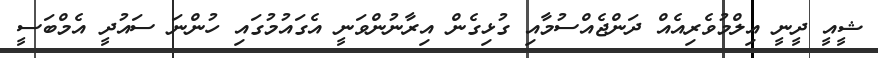
ޝީއީ ދީނީ އިލްމުވެރިއެއް ދަންޖެއްސުމާއި ގުޅިގެން އިރާނުންވަނީ އެގައުމުގައި ހުންނަ ސައުދީ އެމްބަސީ